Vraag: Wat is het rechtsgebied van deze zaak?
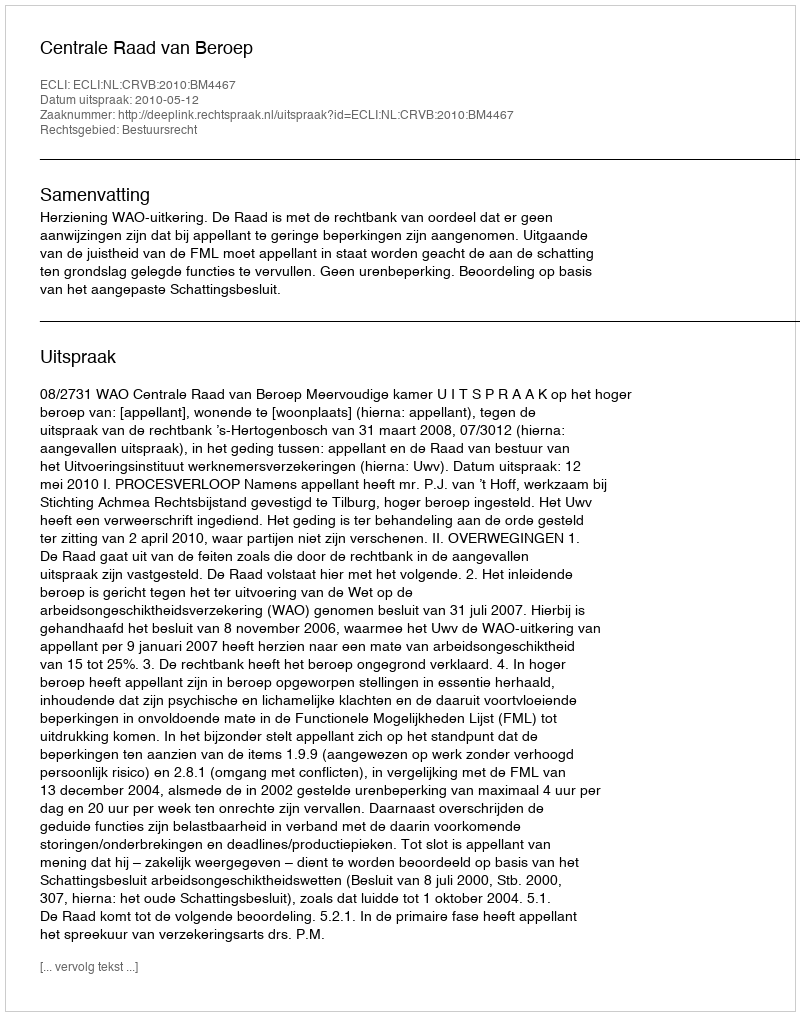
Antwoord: Bestuursrecht